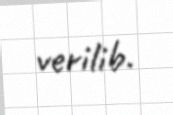
verilib.